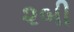
૨બી